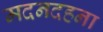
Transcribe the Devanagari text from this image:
मदनदहना